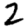
Digit: 2